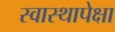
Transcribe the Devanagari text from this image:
स्वास्थापेक्षा